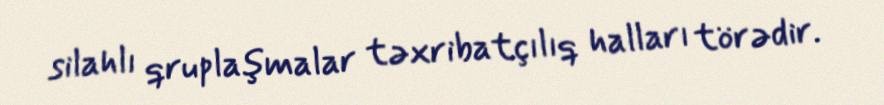
silahlı qruplaşmalar təxribatçılıq halları törədir.